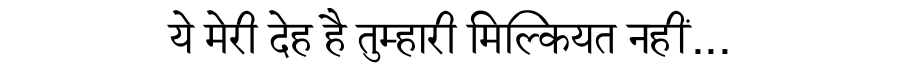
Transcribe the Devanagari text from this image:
ये मेरी देह है तुम्हारी मिल्कियत नहीं...